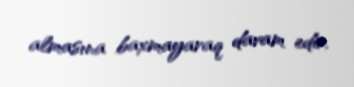
almasına baxmayaraq davam edir.